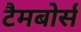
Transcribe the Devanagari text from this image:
टैमबोर्स